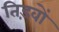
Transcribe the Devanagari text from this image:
तिड़वों